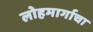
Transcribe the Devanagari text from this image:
लोहमार्गाचा